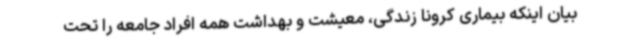
بیان اینکه بیماری کرونا زندگی، معیشت و بهداشت همه افراد جامعه را تحت